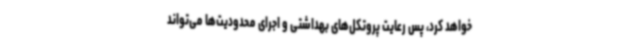
خواهد کرد، پس رعایت پروتکل‌های بهداشتی و اجرای محدودیت‌ها می‌تواند